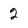
Character: 2